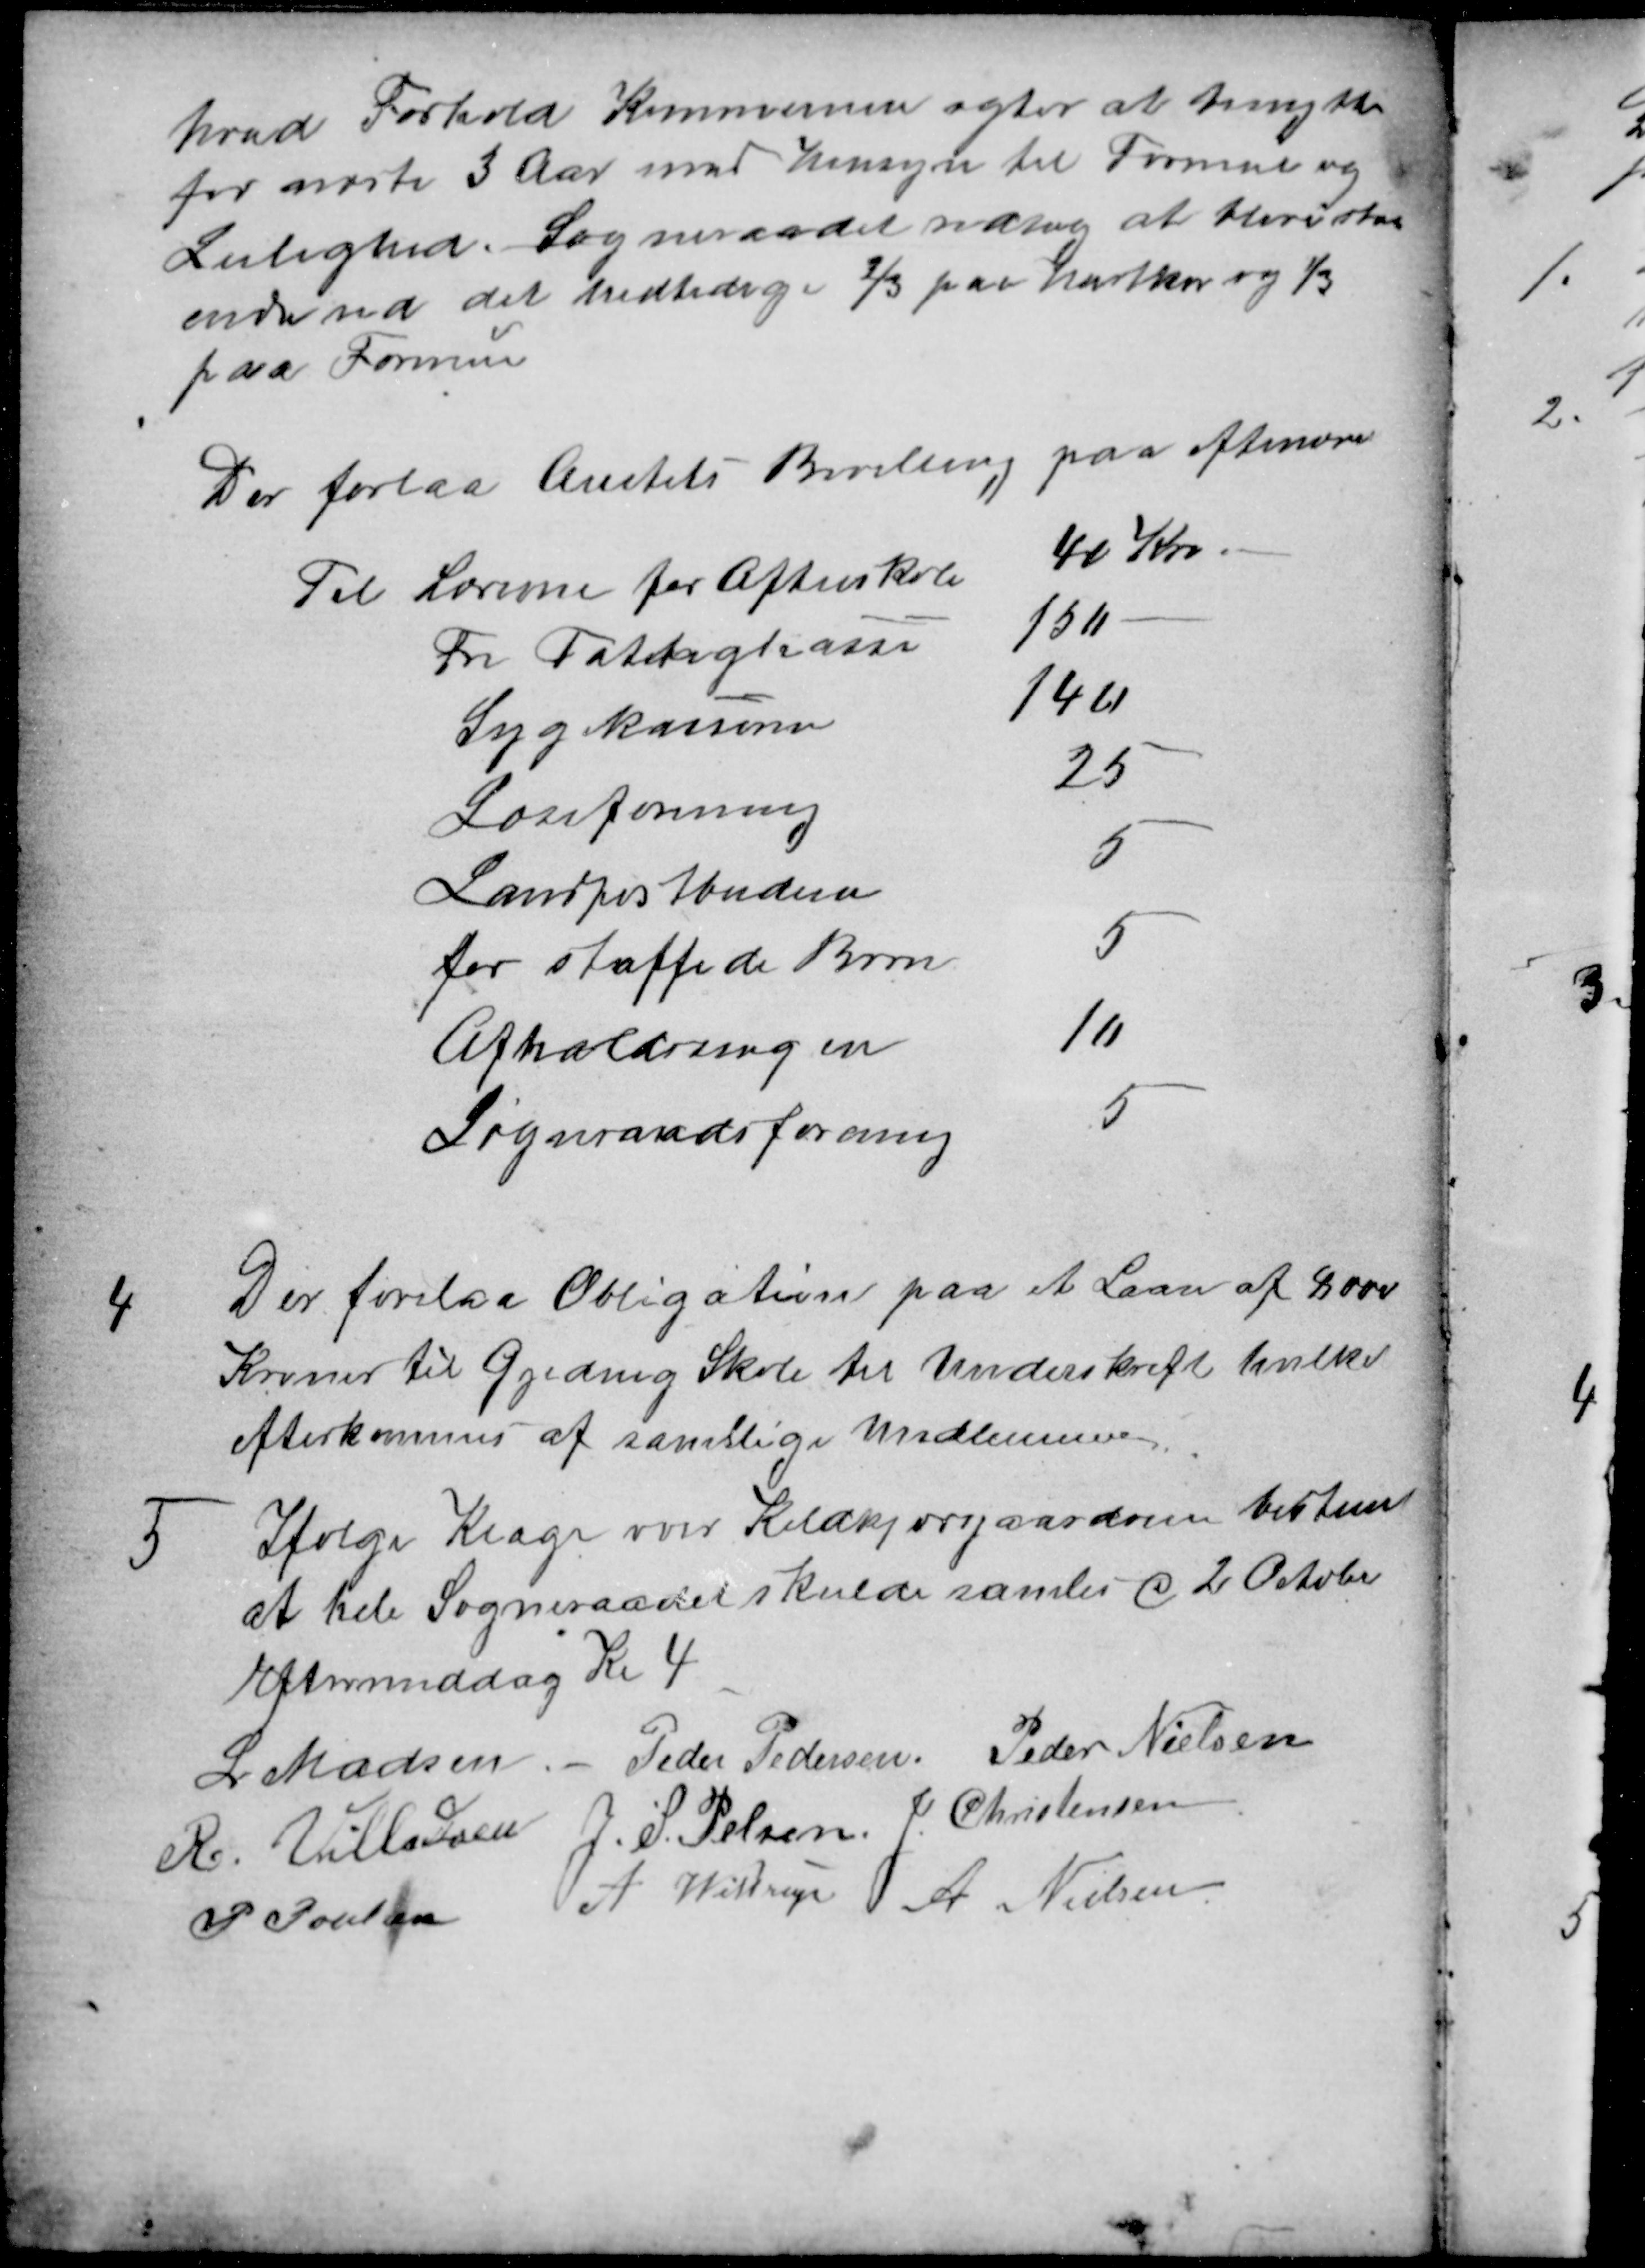
Transskription:
hvad Forhold Kommunen agter at benytte
for næste 3 Aar med Hensyn til Formue og
Lejlighed. Sogneraadet vedtog at blive staa
ende ved det hidtidige ⅔ paa Hartkorn og ⅓
paa Formue
Der forlaa Amtets Bevilling paa Atinore
Til Lærerne for Aftenskole
40 Kr
Fri Fattigkasse
15"
Sygekassen
14"
Læseforening
25
Landpostbudene
5
for straffede Børn
5
Afholdningen
10
Sogneraadsforening
5
4
Der forelaa Obligation paa et Laan af 8000
Kroner til Gjeding Skole til Underskrift hvilket
efterkommes af samtlige Medlemmer.
5
Ifølge Klage over Koldkjærgaardveien bestem
at hele Sogneraadet skulde samles d 2 October
Eftermiddag Kl 4
L Madsen Peder Pedersen. Peder Nielsen
R. Villadsen J. S. Pelsen. J. Christensen
P Poulsen A Wittrup A Nielsen